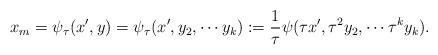
LaTeX: \begin{align*}x_{m}=\psi_{\tau}(x',y)=\psi_{\tau}(x', y_{2},\cdots y_{k}):=\frac{1}{\tau}\psi(\tau x', \tau^{2}y_{2},\cdots \tau^{k}y_{k}).\end{align*}